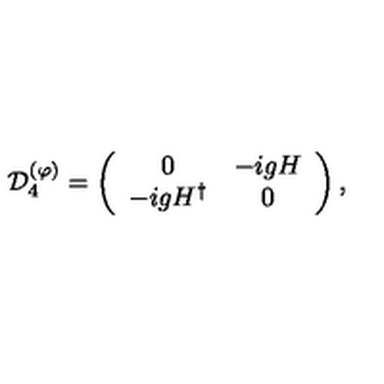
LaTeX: { \cal D } _ { 4 } ^ { ( \varphi ) } = \left( \begin{array} { c c } { 0 } & { - i g H } \\ { - i g H ^ { \dagger } } & { 0 } \\ \end{array} \right) ,